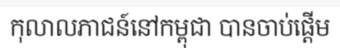
កុលាលភាជន៍នៅកម្ពុជា បានចាប់ផ្តើម